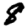
Digit: 8